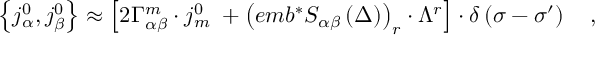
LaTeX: \left\{ j _ { \alpha } ^ { 0 } , j _ { \beta } ^ { 0 } \right\} \approx \left[ 2 \Gamma _ { \alpha \beta } ^ { m } \cdot j _ { m } ^ { 0 } \; + \left( e m b ^ { * } S _ { \alpha \beta } \left( \Delta \right) \right) _ { r } \cdot \Lambda ^ { r } \right] \cdot \delta \left( \sigma - \sigma ^ { \prime } \right) \quad ,